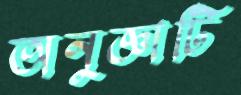
অনুজ্ঞাটি